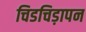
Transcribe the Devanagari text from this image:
चिडचिड़ापन